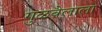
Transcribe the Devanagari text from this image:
गुळवेलाला